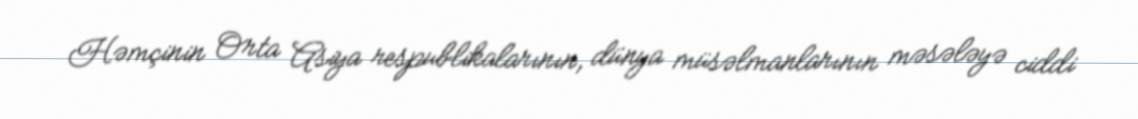
Həmçinin Orta Asiya respublikalarının, dünya müsəlmanlarının məsələyə ciddi